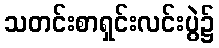
သတင်းစာရှင်းလင်းပွဲ၌